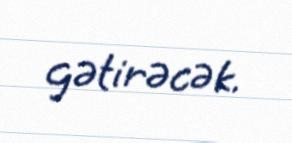
gətirəcək.